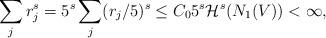
LaTeX: \begin{align*}\sum_j r_j^s = 5^s \sum_j (r_j/5)^s \leq C_0 5^s \mathcal{H}^s(N_1(V)) < \infty,\end{align*}